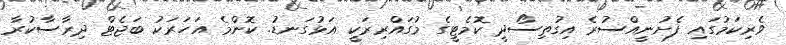
ވެރިކަމުގައި ފެށުނީއްސުރެ އިގުތިސޯދީ ކޮމެޓީގެ މުގައްރިރަކީ އަޅުގަނޑު. ކޮންމެ އަހަރަކު ބަޖެޓް ދިރާސާކުރާ